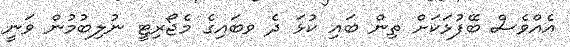
އެއްވެސް ބޭފުޅަކަށް ތިން ބައި ކުޅަ ދެ ވބައިގެ މެޖޯރިޓީ ނުލިބުމުން ވަނީ